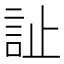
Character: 訨